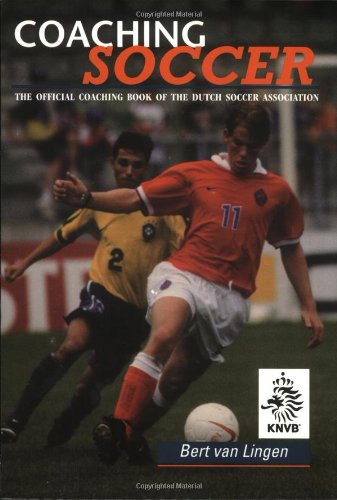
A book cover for Coaching Soccer: The Official Coaching Book of the Dutch Soccer Association; Bert van Lingen; Sports & Outdoors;